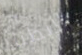
يربطنا